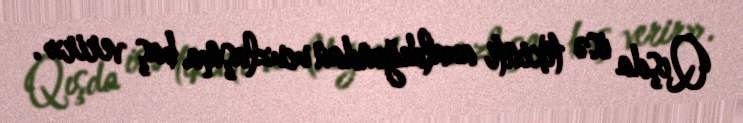
Qışda isə tikinti azaldığından ucuzlaşma baş verir».